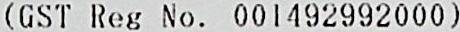
(GST REG NO. 001492992000)